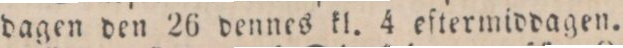
dagen den 26 dennes kl. 4 eftermiddagen.